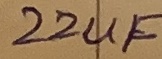
Text: 22uF